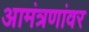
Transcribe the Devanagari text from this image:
आमंत्रणांवर